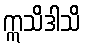
ဣသိဒါသိ